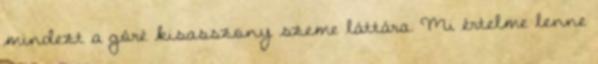
mindezt a góré kisasszony szeme láttára. Mi értelme lenne